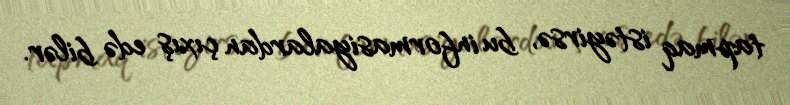
tapmaq istəyirsə, bu informasiyalardan çıxış edə bilər.